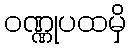
ဝဏ္ဏုပထမှိ